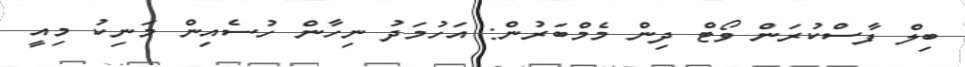
ބިލް ފާސްކުރަން ވޯޓް ދިން މެމްބަރުން: އަހުމަދު ނިހާން ހުސެއިން މަނިކު މިއީ